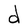
Character: d